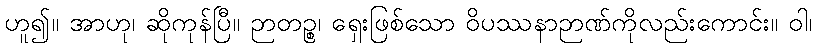
ဟူ၍။ အာဟု၊ ဆိုကုန်ပြီ။ ဉာတဉ္စ၊ ရှေးဖြစ်သော ဝိပဿနာဉာဏ်ကိုလည်းကောင်း။ ဝါ၊